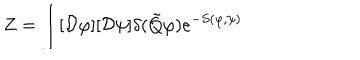
Z = \int [ { \cal D } \varphi ] [ { \cal D } \psi ] \delta ( \tilde { Q } \varphi ) e ^ { - S ( \varphi , \psi ) }